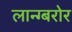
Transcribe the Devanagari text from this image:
लान्ग्बरोर